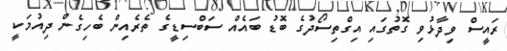
ރައީސް ވިދާޅުވި ގޮތުގައި އިގްތިސޯދުގެ ބޮޑު ބައެއް ސަބްސިޑީގެ ތެރެއިން ބެހިގެން ދިއުމަކީ